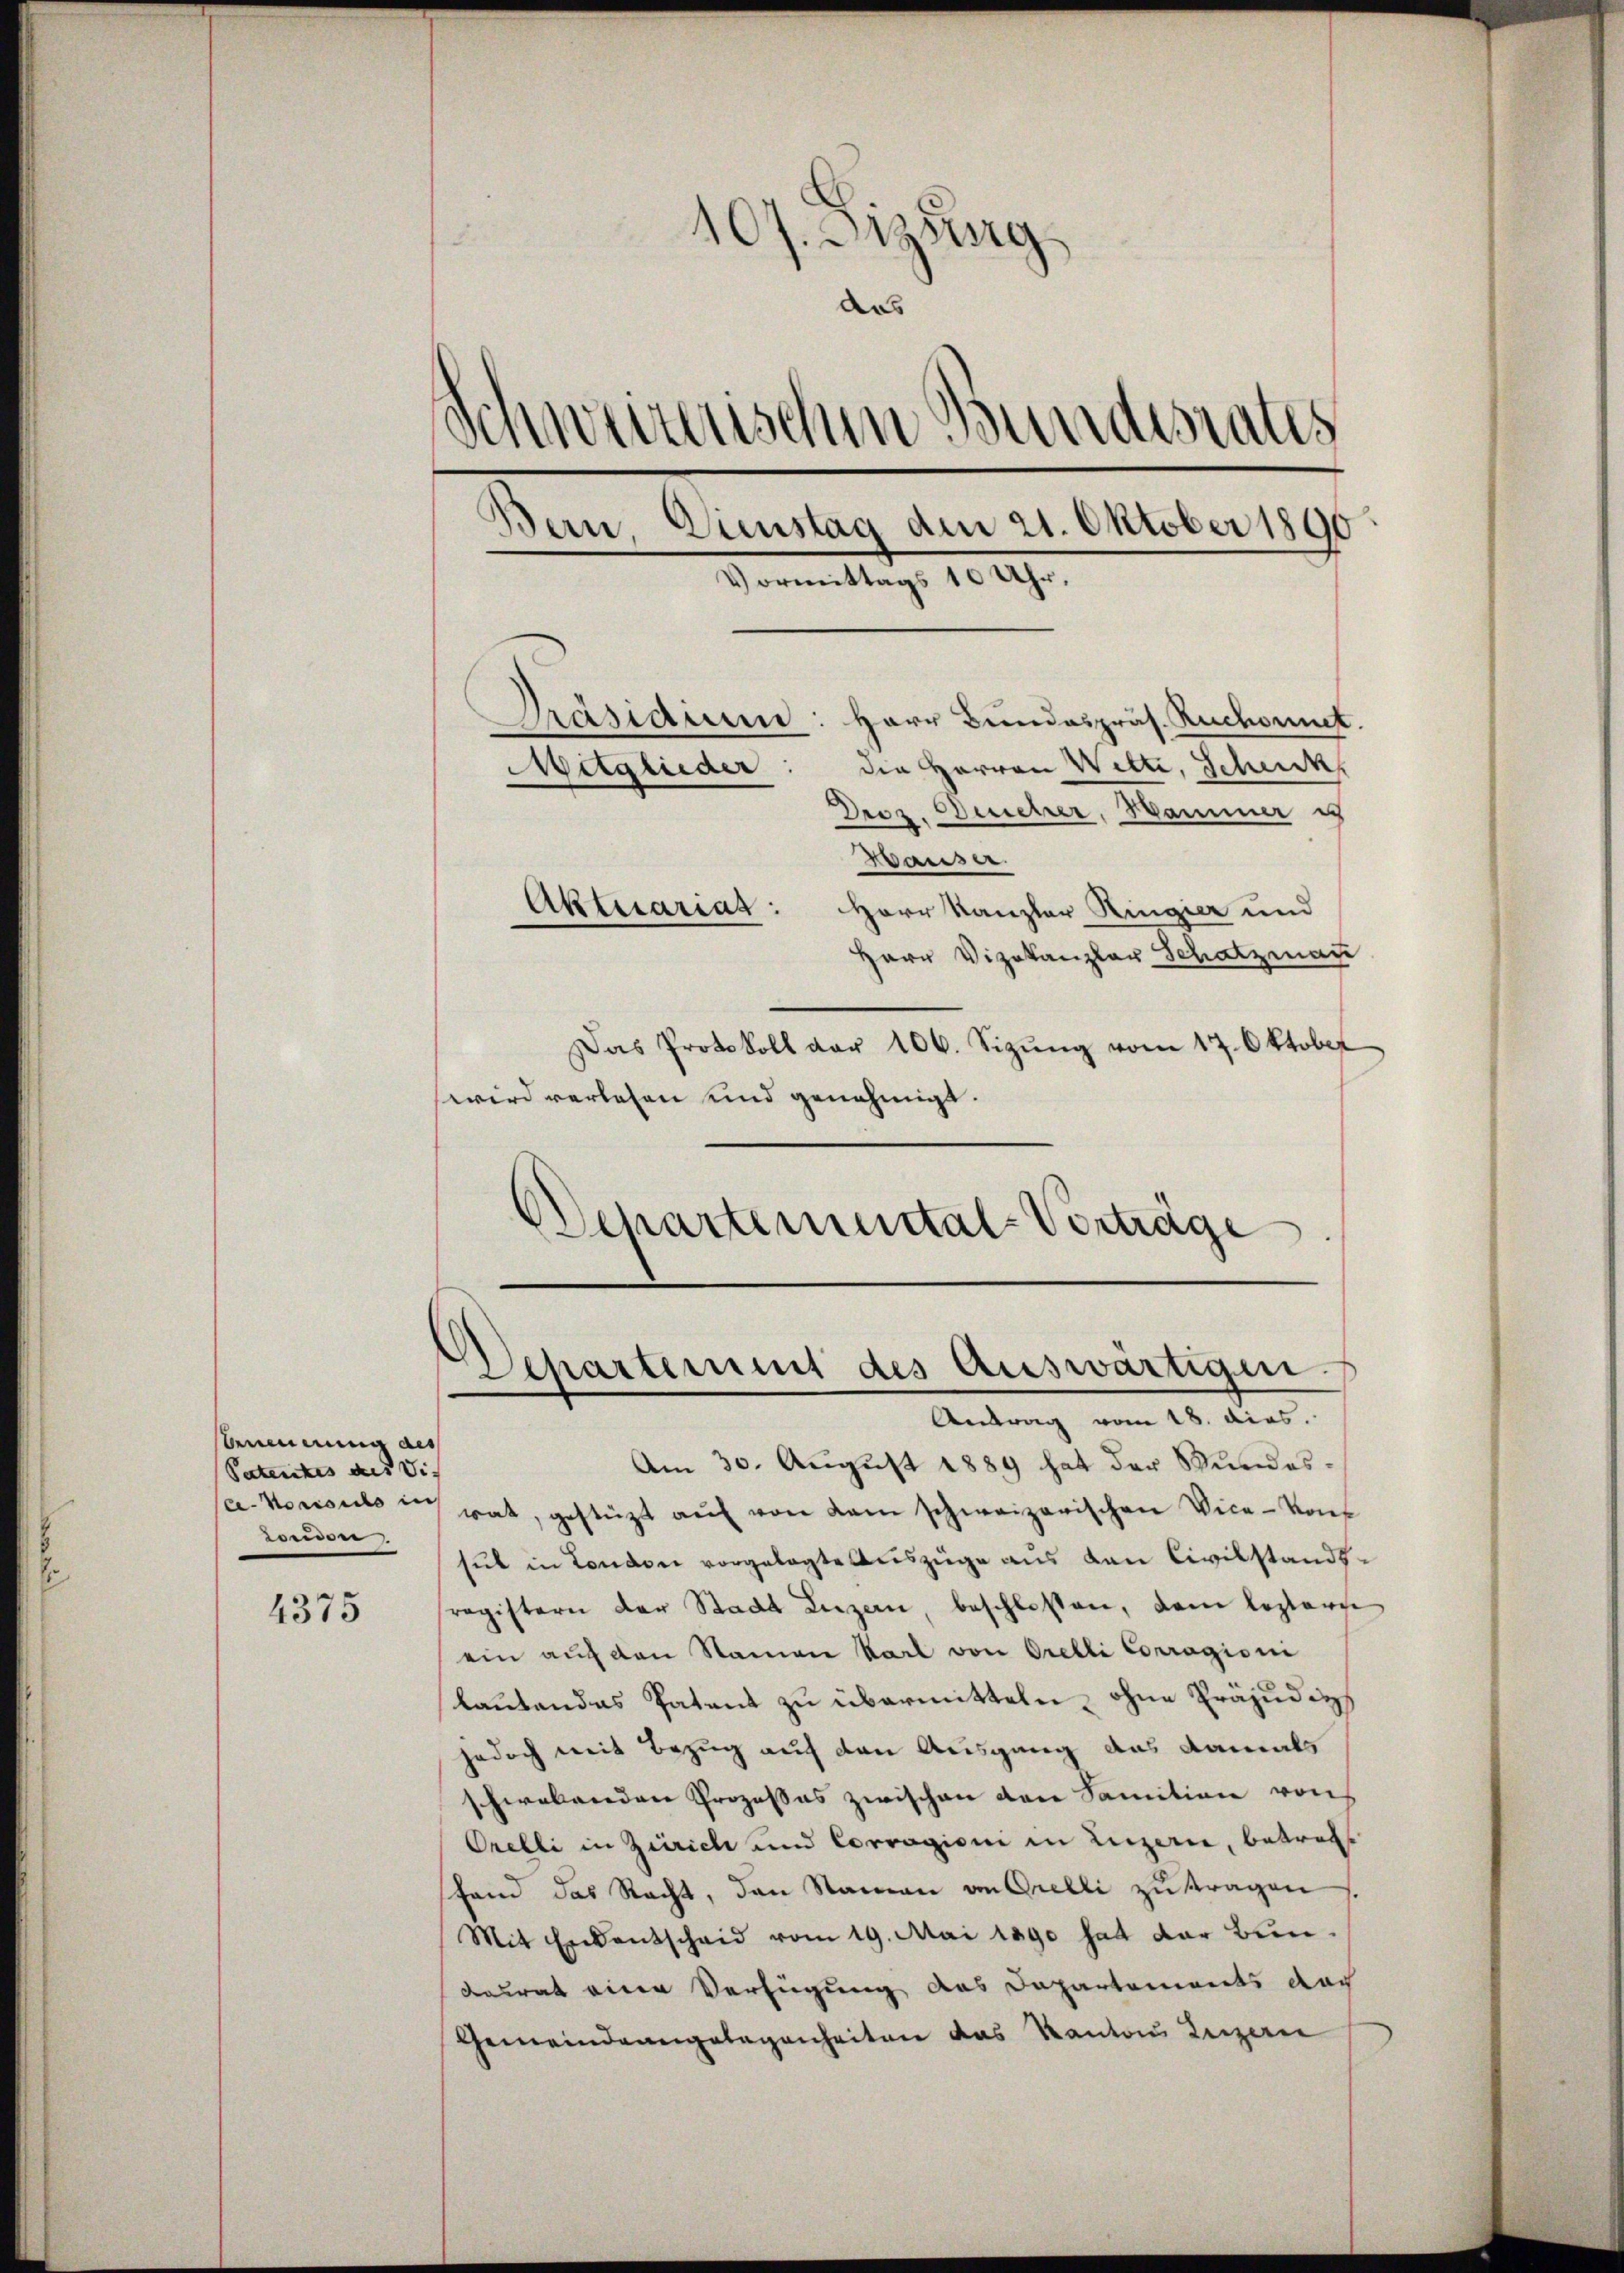
benennung als
Patentes des die
onidon

4375

107. Sizung
aas
schweizerischen Bundesrates
Bern, Dienstag dem 21. Oktober 1890
Vormittags 10 Uhr.
Präsidium: Herr Bundespräs. Ruchornet.
Mitglieder: die Herren Welti, Schenk,
Droz. Deucher, Hammer is
Waiser.
Aktuarias: Herr Kanzler Ringier und
Herr Vizekanzler Schatzman

Das Protokoll der 106. Sizŭng vom 17. Oktober
wird verlesen und genehmigt.
Departemental-Verträge

Departement des Auswärtigen.
Antrag vom 18. dies

Am 30. August 1889 hat der Stundesa. konsuls in rat, gestützt aŭf von dem schweizerischen Vice-Konsul in London vorgelegte Auszüge aus den Civilstandtregistern der Stadt Luzern, beschlossen, dem leztere
ein auf den Namen Karl von Orelli Corragioni
lautendes Patent zu übermitteln, ohne Präjudiz
jedoch mit Bezug auf den Ausgang das damals
schwebenden Prozesses zwischen den Sanition von
Orelli in Zürich und Corragioni in Luzern, betrags
fand das Recht, den Namen an Grelli zu tragen
Mit Erkentscheid vom 19. Mai 1890 hat der Bundesrat eine Verfügung das Departements doch
Gemeindeangelegenheiten das Kanton Luzern